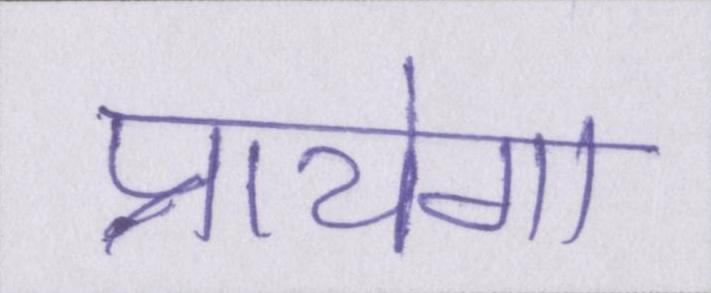
पायेगा